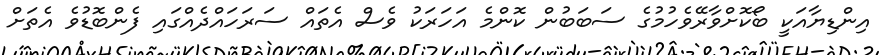
އިންޑިޔާއަކީ ބޯކޮށްވާރޭވެހުމުގެ ސަބަބުން ކޮންމެ އަހަރަކު ވެސް އެތައް ސަރަހައްދެއްގައި ފެންބޮޑުވެ އެތަށް